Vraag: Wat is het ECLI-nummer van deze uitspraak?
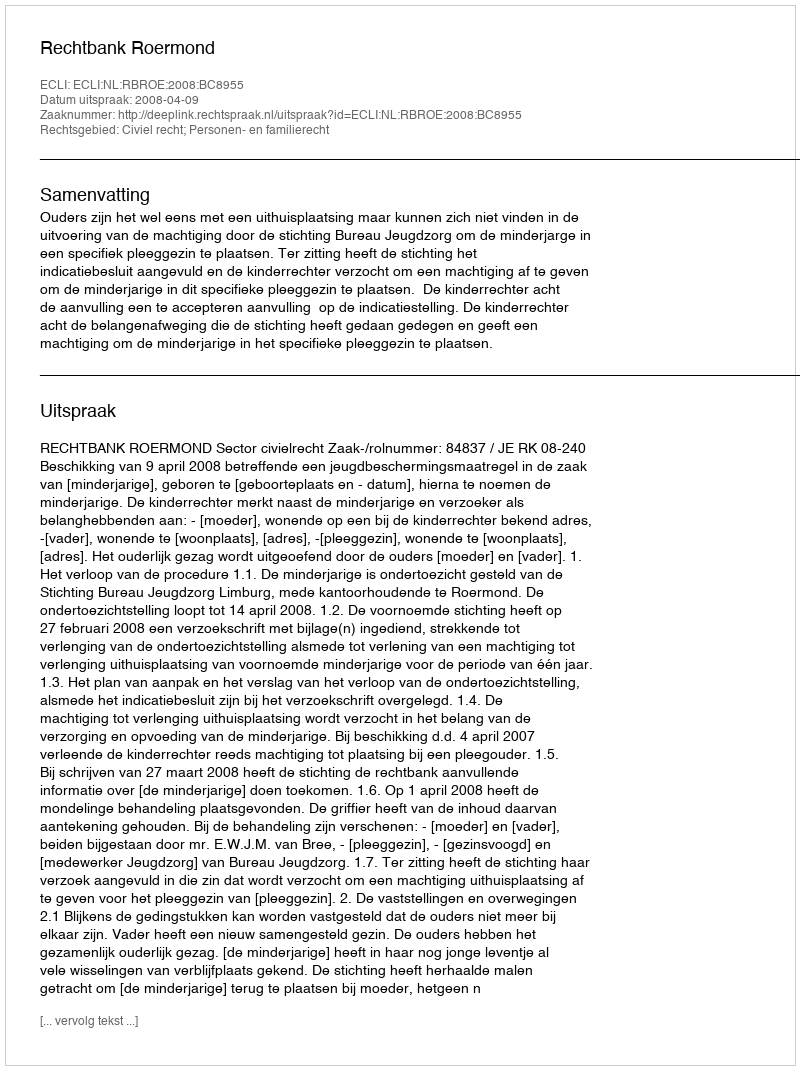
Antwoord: ECLI:NL:RBROE:2008:BC8955